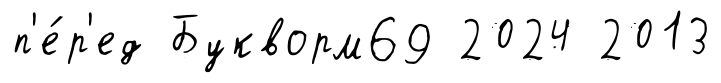
п'е́р'ед Букворм69 2024 2013